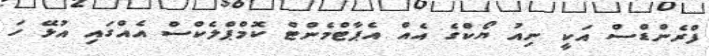
ފްރެންޑްސް އަކީ ނިއު ޔޯކްގެ އެއް އެޕާޓްމެންޓް ކޮމްޕްލެކްސް އެއްގައި އުޅޭ ހަ